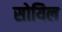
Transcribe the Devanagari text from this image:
सोयिल